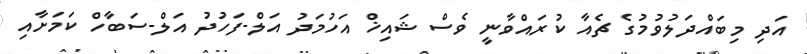
އަދި މިބައްދަލުވުމުގެ ޗެއާ ކުރައްވާނީ ވެސް ޝައިޚް އަހުމަދު އަލް-ފަހުދު އަލް-ސަބާހް ކަމަށާއި